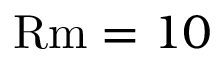
\mathrm { R m } = 1 0